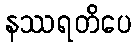
နဿရတိပေ